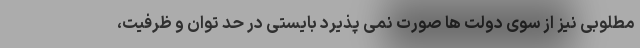
مطلوبی نیز از سوی دولت­ ها صورت نمی ­پذیرد بایستی در حد توان و ظرفیت،